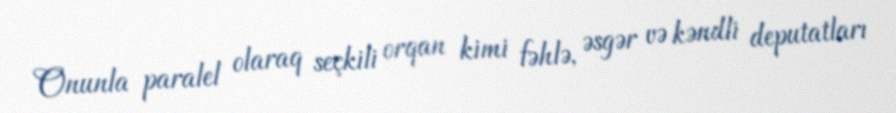
Onunla paralel olaraq seçkili orqan kimi fəhlə, əsgər və kəndli deputatları